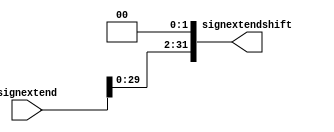

module shift(signextend, signextendshift);

input [31:0] signextend;
output [31:0] signextendshift;

assign signextendshift = signextend << 2;

endmodule